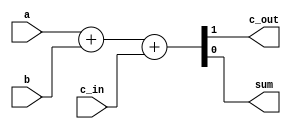
module fa(output wire c_out, sum, input wire a, b, c_in);

  assign {c_out, sum} = a + b + c_in;

endmodule